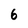
Character: 6